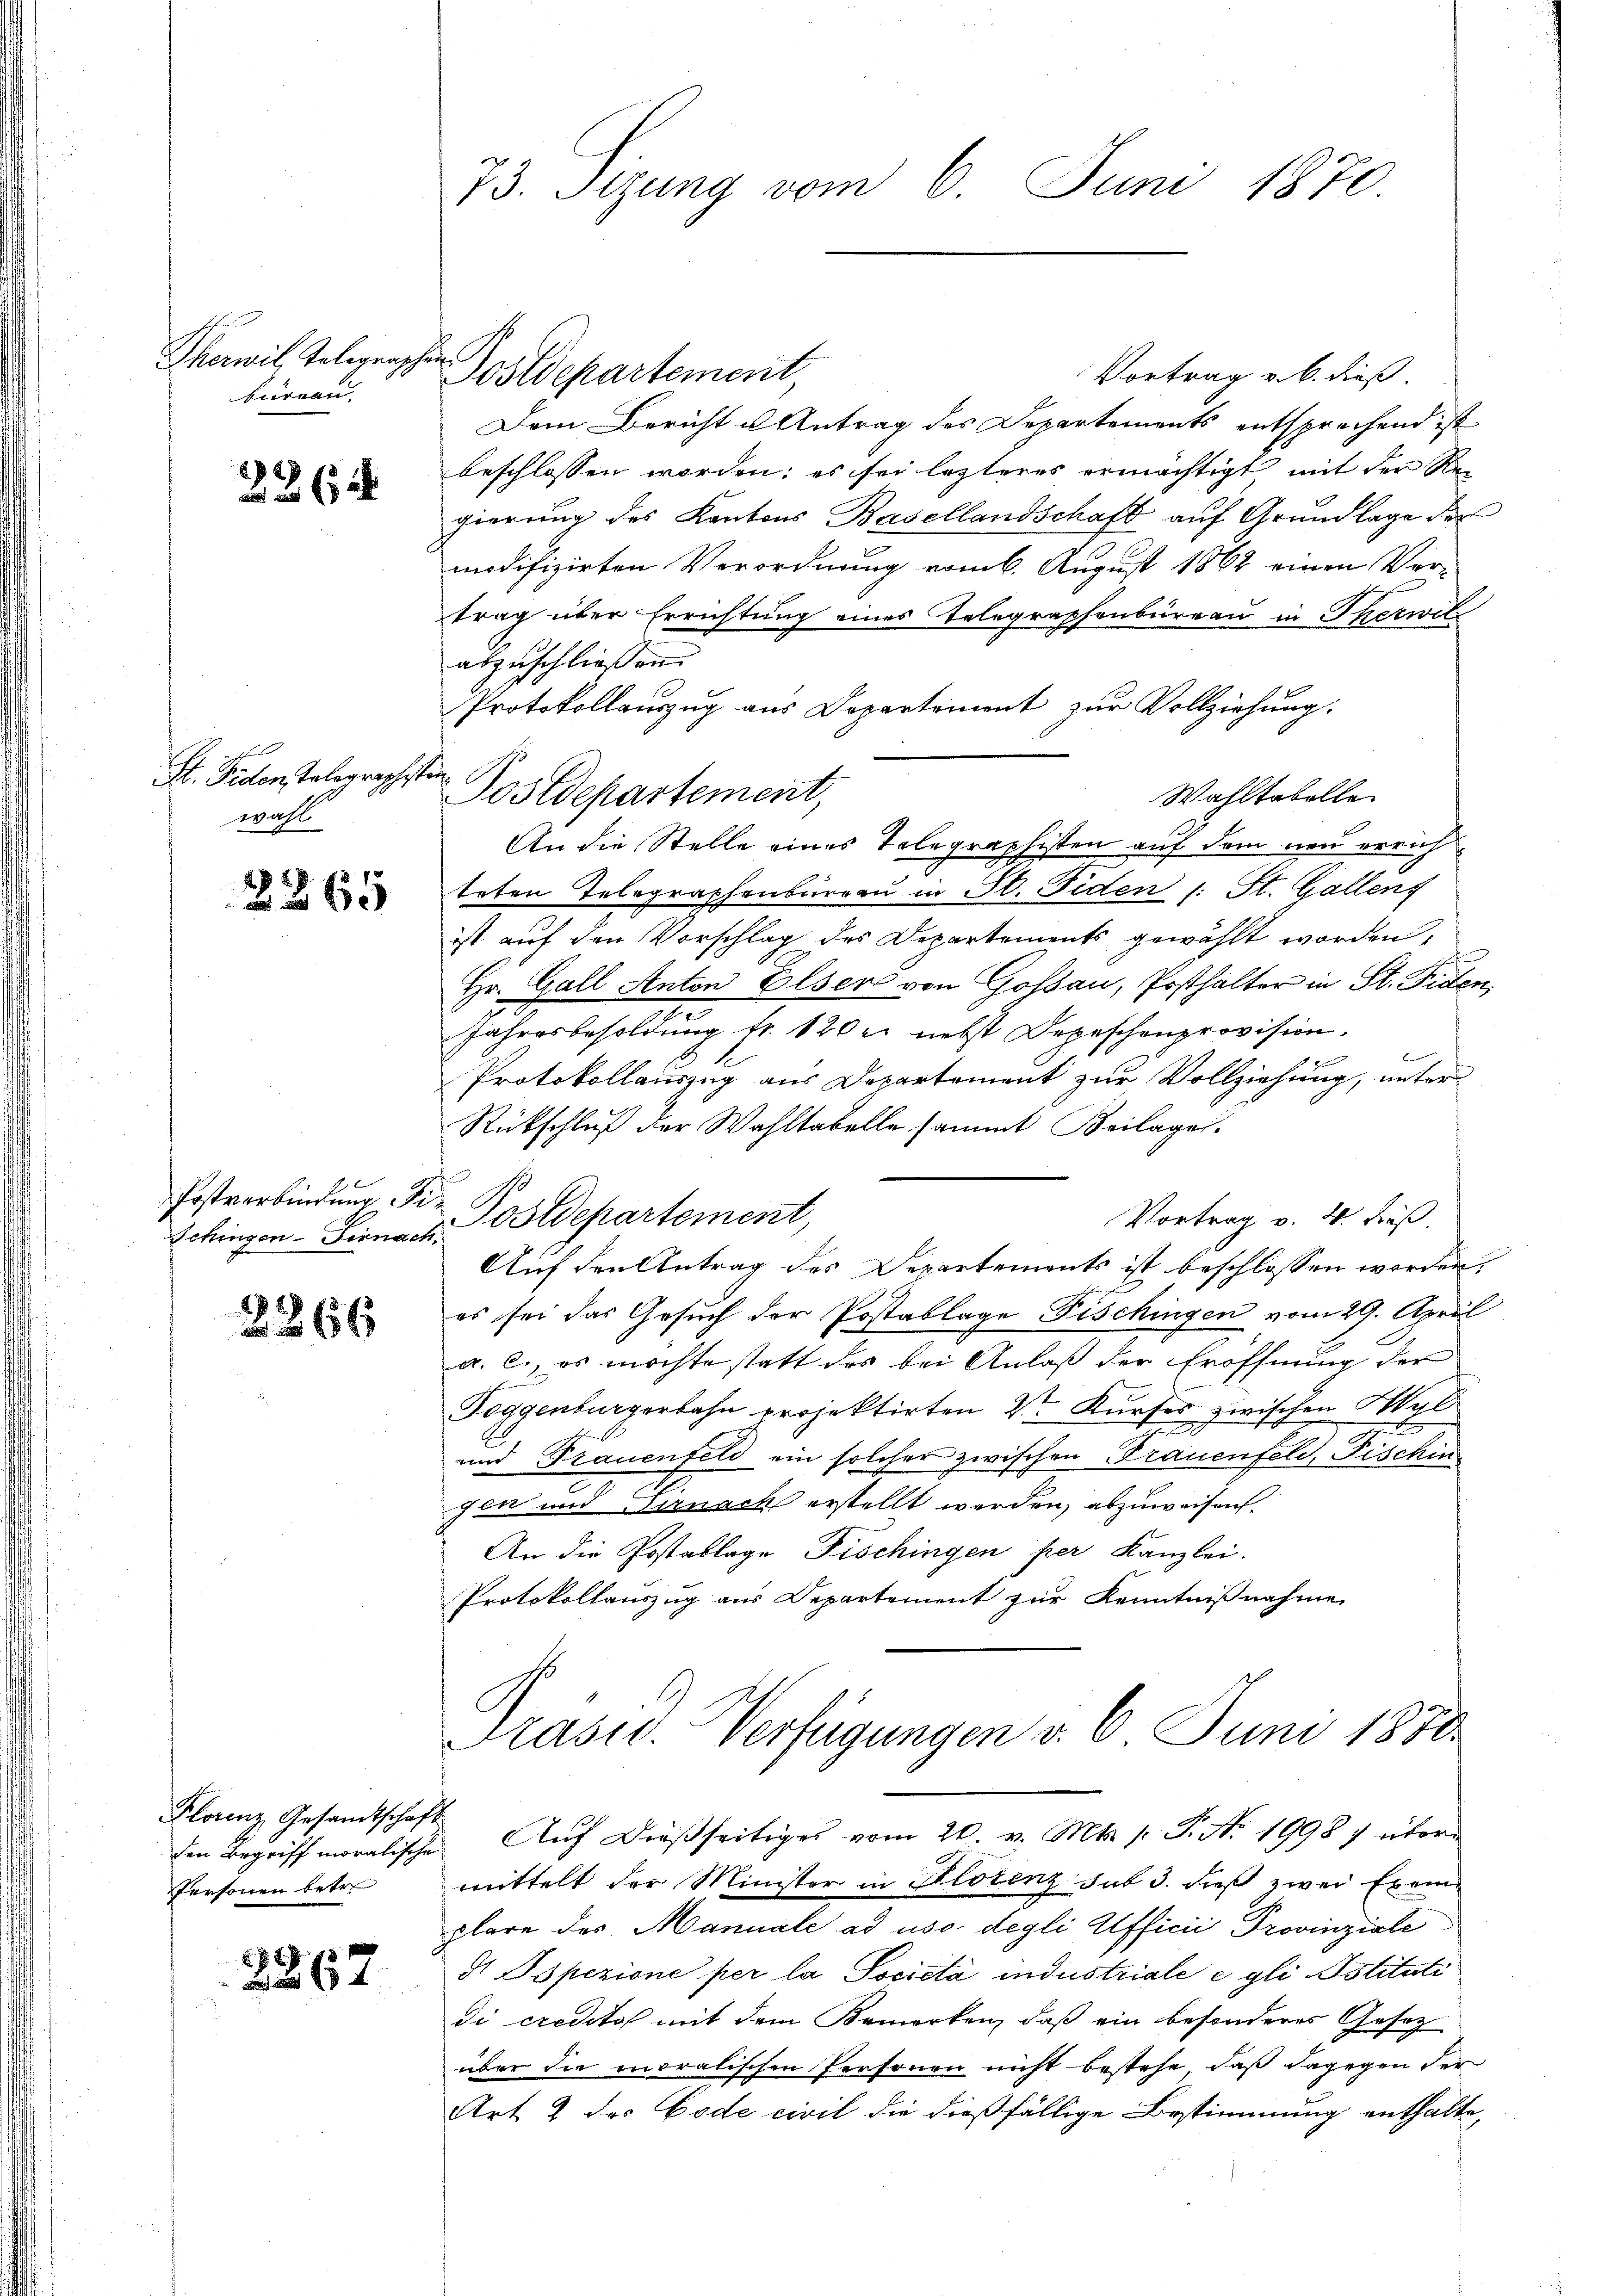
Therwil, Telegraphen.
büreau.

2362

St. Fiden Telegraphis
wahl

2265

Schingen-Firnach.

2266

Florenz Gesandtschaft
Personen betr.

2267

73. Sizung vom 6. Juni 1870.

Vortrag v. 6. dieß.
Dem Bericht u Antrag des Departements entsprechend ist
beschlossen worden; es sei lezteres ermächtigt mit der Re-
gierung des Kantons Basellandschaft auf Grundlage der
modifizirten Verordnung vom 6. August 1862 einen Ver-
trag über Errichtung eines Telegraphenbüreau in Therwil
abzuschließen.
Protokollauszug aus Departement zur Vollziehung.
.
Wahltabelle
An die Stelle eines Telegraphisten auf dem neu errichtoten Telegraphenbüreaŭ in St. Fiden (: St. Gallenz
ist auf den Vorschlag des Departements gewählt worden,
Hr. Gall Anton Elser von Gossau, Posthalter in St. Fiden,
Jahresbesoldung fr. 120 r. nebst Depeschenprovision.
Protokollauszug aus Departement zur Vollziehung, unter
Rückschluß der Wahltabelle sammt Beilage.
Postverbindung der Postdepartement,
Vortrag v. 4. Fuß
Auf den Antrag des Departements ist beschlossen worden,
es sei das Gesuch der Postablage Fischingen vom 29. April
a. c., es möchte statt des bei Anlaß der Eröffnung der
Toggenburgerbahn projektirten Veren Kurses zwischen Wyl
und Frauenfeld ein solcher zwischen Frauenfeld, Fischen
gen und Birnack erstellt werden, abzuweisen.
An die Postablage Fischingen per Kanzlei.
Protokollauszug aus Departement zur Kenntnißnahme
Prasis. Verfügungen d. 6. Juni 1880.

Postdepartement

Postdepartement,

den Begriff moralische Auf dießseitiges vom 20. v. Mts. /: P. Nr. 1998 7 über¬

mittelt der Minister in Klotenz sub 3. dieß zwei Exemplare der Manuale ad uso degli Afficii Provinziale
I Dspezione per la Societa industriale e gli ostituti
di creditos mit dem Bemerken, daß ein besonderes Gesetz
über die moralischen Personen nicht bestehe, daß dagegen der
Art. 2 des Code civil die dießfällige Bestimmung enthalte,